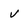
Character: v